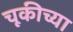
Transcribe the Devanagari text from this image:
चूकीच्या